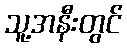
သူ့အနီးတွင်